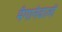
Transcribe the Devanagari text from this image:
मँगानेवालों